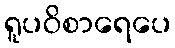
ရူပဝိစာရေပေ